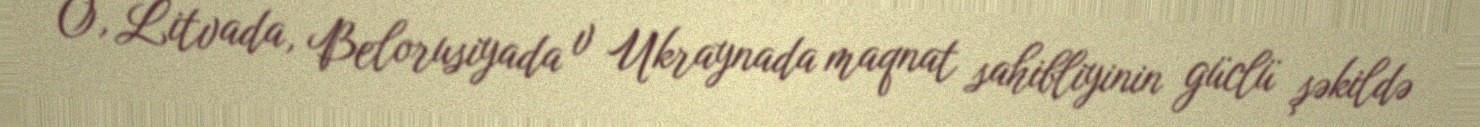
O, Litvada, Belorusiyada v Ukraynada maqnat sahibliyinin güclü şəkildə